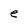
Character: e